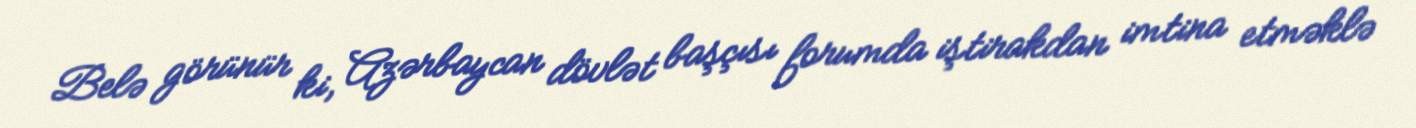
Belə görünür ki, Azərbaycan dövlət başçısı forumda iştirakdan imtina etməklə